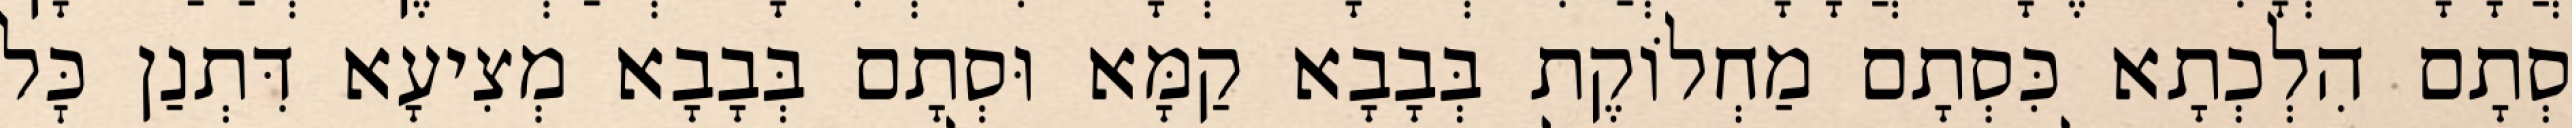
סְתָם הִלְכְתָא כִּסְתָם מַחְלוֹקֶת בְּבָבָא קַמָּא וּסְתָם בְּבָבָא מְצִיעָא דִּתְנַן כׇּל